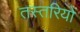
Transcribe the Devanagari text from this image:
तस्तरियों